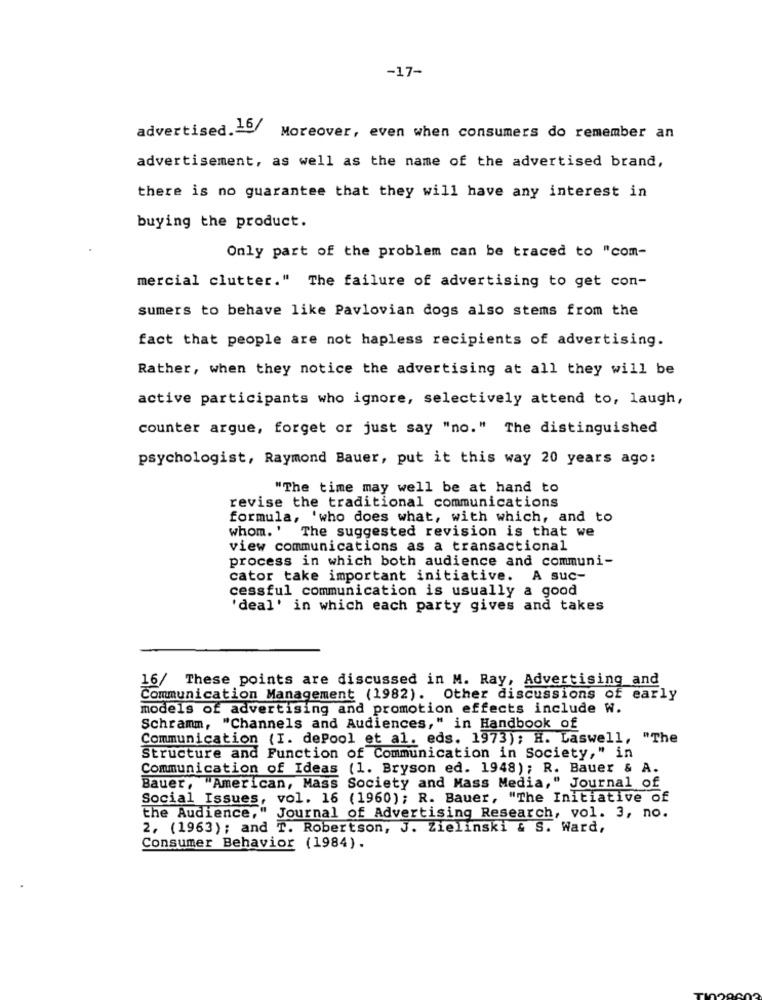
-17-
advertised.16/
Moreover, even when consumers do remember an
advertisement, as well as the name of the advertised brand,
there is no guarantee that they will have any interest in
buying the product.
Only part of the problem can be traced to "com-
mercial clutter." The failure of advertising to get con-
sumers to behave like Pavlovian dogs also stems from the
fact that people are not hapless recipients of advertising.
Rather, when they notice the advertising at all they will be
active participants who ignore, selectively attend to, laugh,
counter argue, forget or just say "no." The distinguished
psychologist, Raymond Bauer, put it this way 20 years ago:
"The time may well be at hand to
revise the traditional communications
formula, 'who does what, with which, and to
whom. ' The suggested revision is that we
view communications as a transactional
process in which both audience and communi-
cator take important initiative. A suc-
cessful communication is usually a good
'deal' in which each party gives and takes
16/ These points are discussed in M. Ray, Advertising and
Communication Management (1982). Other discussions of early
models of advertising and promotion effects include W.
Schramm, "Channels and Audiences," in Handbook of
Communication (I. dePool et al. eds. 1973); H. Laswell, "The
Structure and Function of Communication in Society," in
Communication of Ideas (1. Bryson ed. 1948); R. Bauer & A.
Bauer, "American, Mass Society and Mass Media," Journal of
Social Issues, vol. 16 (1960); R. Bauer, "The Initiative of
the Audience," Journal of Advertising Research, vol. 3, no.
2, (1963); and T. Robertson, J. Zielinski & S. Ward,
Consumer Behavior (1984).